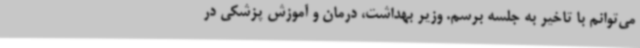
می‌توانم با تاخیر به جلسه برسم. وزیر بهداشت، درمان و آموزش پزشکی در